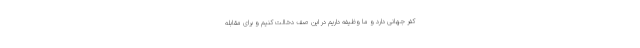
کفر جهانی دارد و ما وظیفه داریم در این صف دخالت کنیم و برای مقابله